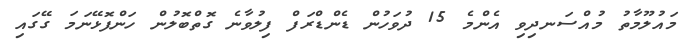
މައުލޫމާތު މުއްސަނދިވި އެންމެ 15 ދުވަހުން ޑެންޑްރަފް ފިލުވާނެ ގޮތްބޮލުން ހަންފޮޅޭނަމަ ގޭގައި